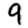
Digit: 9